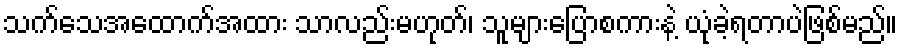
သက်သေအထောက်အထား သာလည်းမဟုတ်၊ သူများပြောစကားနဲ့ ယုံခဲ့ရတာပဲဖြစ်မည်။